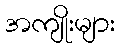
အကျိုးများ